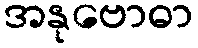
အနုဗောဓာ